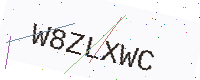
Text: W8ZLXWC